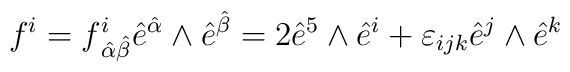
f^i = f^i_{\,{\hat \alpha}{\hat \beta}} {\hat e}^{\hat \alpha} \wedge {\hat e}^{\hat \beta}= 2 {\hat e}^5\wedge  {\hat e}^i +\varepsilon_{ijk} {\hat e}^j\wedge {\hat e}^k